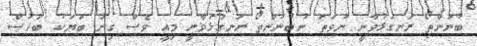
ބުނުންތޯ ރަނގަޅުވާނީ ނުވަތަ ނުބުނުންތޯ ރަނގަޅުވާނީ މިއީ ވެސް ގިނަ ބަޔަކު ބަހުސް